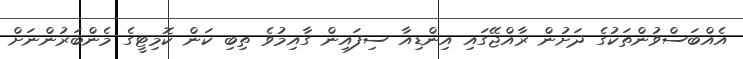
އެއްބަސްވުންތަކުގެ ދަށުން ރާއްޖޭގައި އިންޑިއާ ސިފައިން ގާއިމުވެ ތިބި ކަން ކޮމިޓީގެ މެންބަރުންނަށް